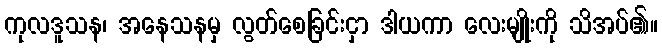
ကုလဒူသန၊ အနေသနမှ လွတ်စေခြင်းငှာ ဒါယကာ လေးမျိုးကို သိအပ်၏။